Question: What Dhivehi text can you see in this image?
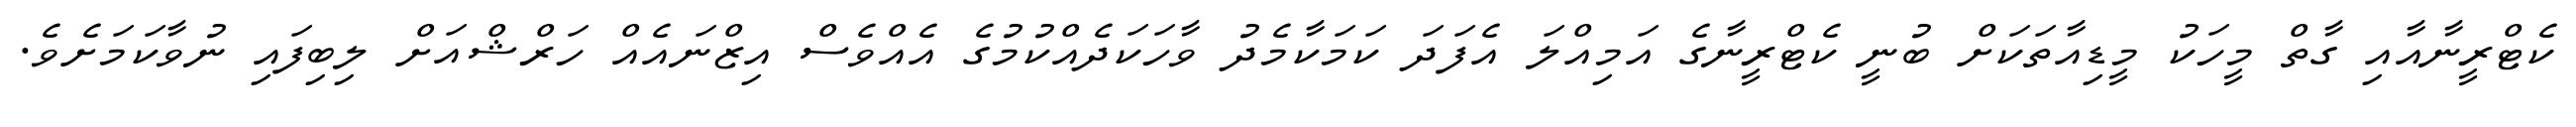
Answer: ކެޓްރީނާއާއި ގާތް މީހަކު މީޑިއާތަކަށް ބުނީ ކެޓްރީނާގެ އަމިއްލަ އެފަދަ ކަމަކާމެދު ވާހަކަދެއްކުމުގެ އެއްވެސް އިޒްނައެއް ހަރްޝްއަށް ލިބިފައި ނުވާކަމަށެވެ.